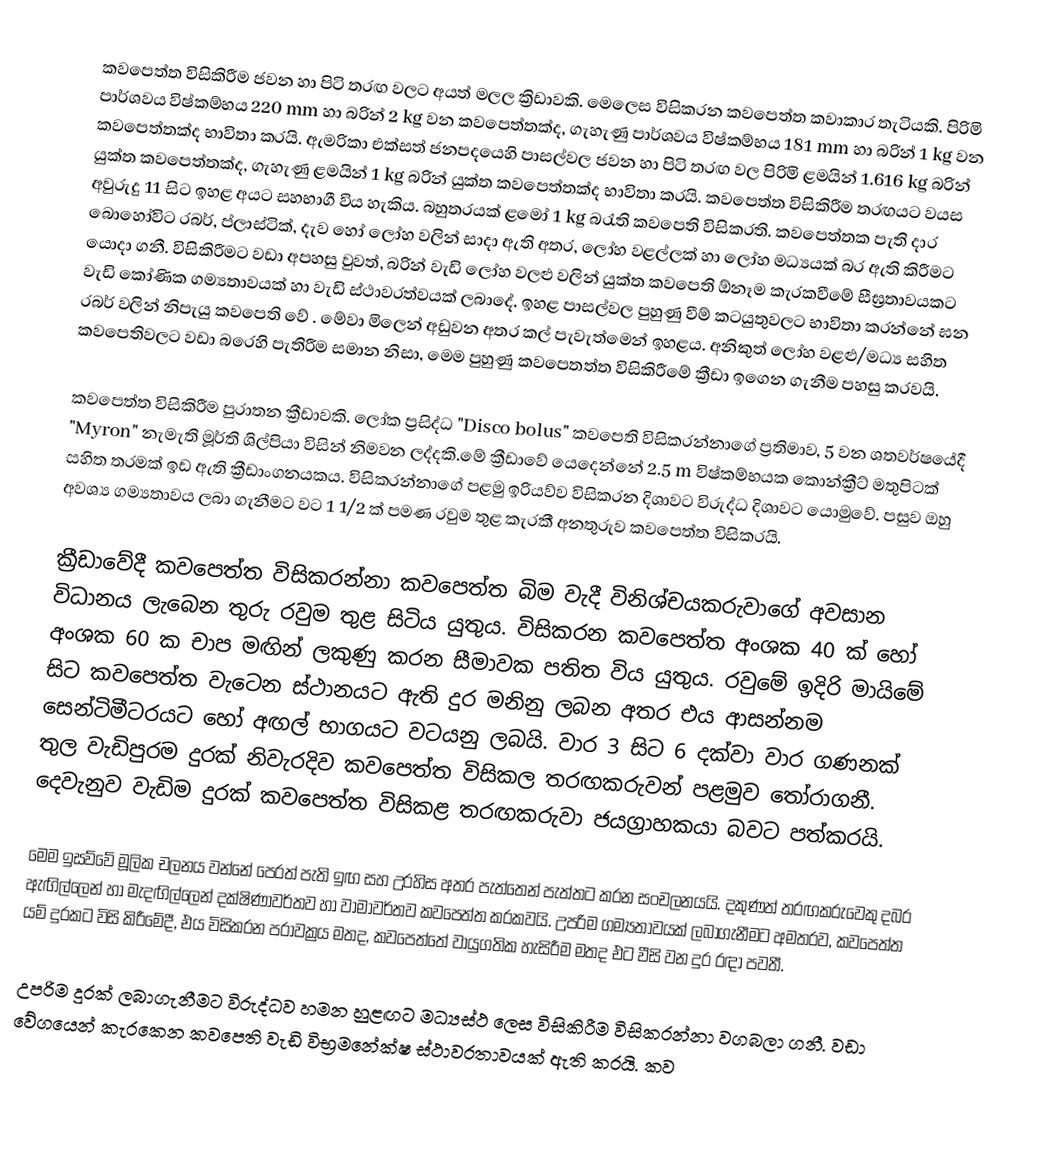
කවපෙත්ත විසිකිරීම ජවන හා පිටි තරඟ වලට අයත් මලල ක්‍රිඩාවකි. මෙලෙස විසිකරන කවපෙත්ත කවාකාර තැටියකි. පිරිමි පාර්ශවය විෂ්කම්භය 220 mm හා බරින් 2 kg වන කවපෙත්තක්ද, ගැහැණු පාර්ශවය විෂ්කම්භය 181 mm හා බරින් 1 kg වන කවපෙත්තක්ද භාවිතා කරයි. ඇමරිකා එක්සත් ජනපදයෙහි පාසල්වල ජවන හා පිටි තරඟ වල පිරිමි ළමයින් 1.616 kg බරින් යුක්ත කවපෙත්තක්ද, ගැහැණු ළමයින් 1 kg බරින් යුක්ත කවපෙත්තක්ද භාවිතා කරයි. කවපෙත්ත විසිකිරීම තරඟයට වයස අවුරුදු 11 සිට ඉහළ අයට සහභාගී විය හැකිය. බහුතරයක් ළමෝ 1 kg බරැති කවපෙති විසිකරති. කවපෙත්තක පැති දාර බොහෝවිට රබර්, ප්ලාස්ටික්, දැව හෝ ලෝහ වලින් සාදා ඇති අතර, ලෝහ වළල්ලක් ‍හා ලෝහ මධ්‍යයක් බර ඇති කිරීමට යොදා ගනී. විසිකිරීමට වඩා අපහසු වුවත්, බරින් වැඩි ලෝහ වලළු වලින් යුක්ත කවපෙති ඕනෑම කැරකවීමේ සීඝ්‍රතාවයකට වැඩි කෝණික ගම්‍යතාවයක් හා වැඩි ස්ථාවරත්වයක් ලබාදේ. ඉහළ පාසල්වල පුහුණු වීම් කටයුතුවලට භාවිතා කරන්නේ ඝන රබර් වලින් නිපැයු කවපෙති වේ . මේවා මිලෙන් අඩුවන අතර කල් පැවැත්මෙන් ඉහළය. අනිකුත් ලෝහ වළළු/මධ්‍ය සහිත කවපෙතිවලට වඩා බරෙහි පැතිරීම සමාන නිසා, මෙම පුහුණු කවපෙතත්ත විසිකිරීමේ ක්‍රීඩා ඉගෙන ගැනීම පහසු කරවයි.

කවපෙත්ත විසිකිරීම පුරාතන ක්‍රීඩාවකි. ලෝක ප්‍රසිද්ධ "Disco bolus"  කවපෙති විසිකරන්නාගේ ප්‍රතිමාව, 5 වන ශතවර්ෂයේදී "Myron" නැමැති මූර්ති ශිල්පියා විසින් නිමවන ලද්දකි.මේ ක්‍රීඩාවේ යෙදෙන්නේ 2.5 m විෂ්කම්භයක කොන්ක්‍රීට් මතුපිටක්  සහිත තරමක් ඉඩ ඇති ක්‍රීඩාංගනයකය. විසිකරන්නාගේ පළමු ඉරියව්ව විසිකරන දිශාවට විරුද්ධ දිශාවට යොමුවේ. පසුව ඔහු අවශ්‍ය ගම්‍යතාවය ලබා ගැනීමට වට 1 1/2 ක් පමණ රවුම තුළ කැරකී අනතුරුව කවපෙත්ත විසිකරයි.

ක්‍රීඩාවේදී කවපෙත්ත විසිකරන්නා  කවපෙත්ත බිම වැදී විනිශ්චයකරුවාගේ අවසාන විධානය ලැබෙන තුරු රවුම තුළ  සිටිය යුතුය. විසිකරන කවපෙත්ත අංශක 40 ක් හෝ අංශක 60 ක චාප මඟින් ලකුණු කරන සීමාවක පතිත විය යුතුය. රවුමේ ඉදිරි මායිමේ සිට කව‍පෙත්ත වැටෙන ස්ථානයට ඇති දුර මනිනු ලබන අතර එය ආසන්නම සෙන්ටිමීටරයට හෝ අඟල් භාගයට වටයනු ලබයි. වාර 3 සිට 6 දක්වා වාර ගණනක් තුල වැඩිපුරම දුරක් නිවැරදිව කවපෙත්ත විසිකල තරඟකරුවන් පළමුව තෝරාගනී. දෙවැනුව වැඩිම දුරක් කවපෙත්ත විසිකළ තරඟකරුවා ජයග්‍රාහකයා බවට පත්කරයි.

මෙම ඉසව්වේ මූලික චලනය වන්නේ පෙරත් පැති ඉඟ සහ උරහිස අතර පැත්තෙන් පැත්තට කරන සංචලනයයි. දකුණත් තරඟකරුවෙකු දබර ඇඟිල්ලෙන් හා මැදඟිල්ලෙන් දක්ෂිණාවර්තව හා වාමාවර්තව කවපෙත්ත කරකවයි. උපරිම ගම්‍යතාවයක් ලබාගැනීමට අමතරව, කවපෙත්ත යම් දුරකට විසි කිරීමේදී, එය විසිකරන පරාවක්‍රය මතද, කවපෙත්තේ වායුගතික හැසිරීම මතද එට වීසි වන දුර රඳා පවතී.

උපරිම දුරක් ලබාගැනීමට විරුද්ධව හමන හුළඟට මධ්‍යස්ථ  ලෙස විසිකිරීම විසිකරන්නා වගබලා ගනී. වඩා වේගයෙන් කැරකෙන ක‍වපෙති වැඩි විභ්‍රමනේක්ෂ ස්ථාවරතාවයක් ඇති කරයි. කව